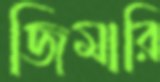
জিমারি